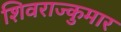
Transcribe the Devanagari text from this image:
शिवराज्कुमार